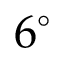
6 ^ { \circ }